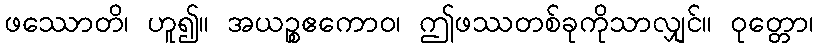
ဖဿောတိ၊ ဟူ၍။ အယဉ္စဧကောဝ၊ ဤဖဿတစ်ခုကိုသာလျှင်။ ဝုတ္တော၊